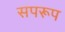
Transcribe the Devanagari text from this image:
सपरूप